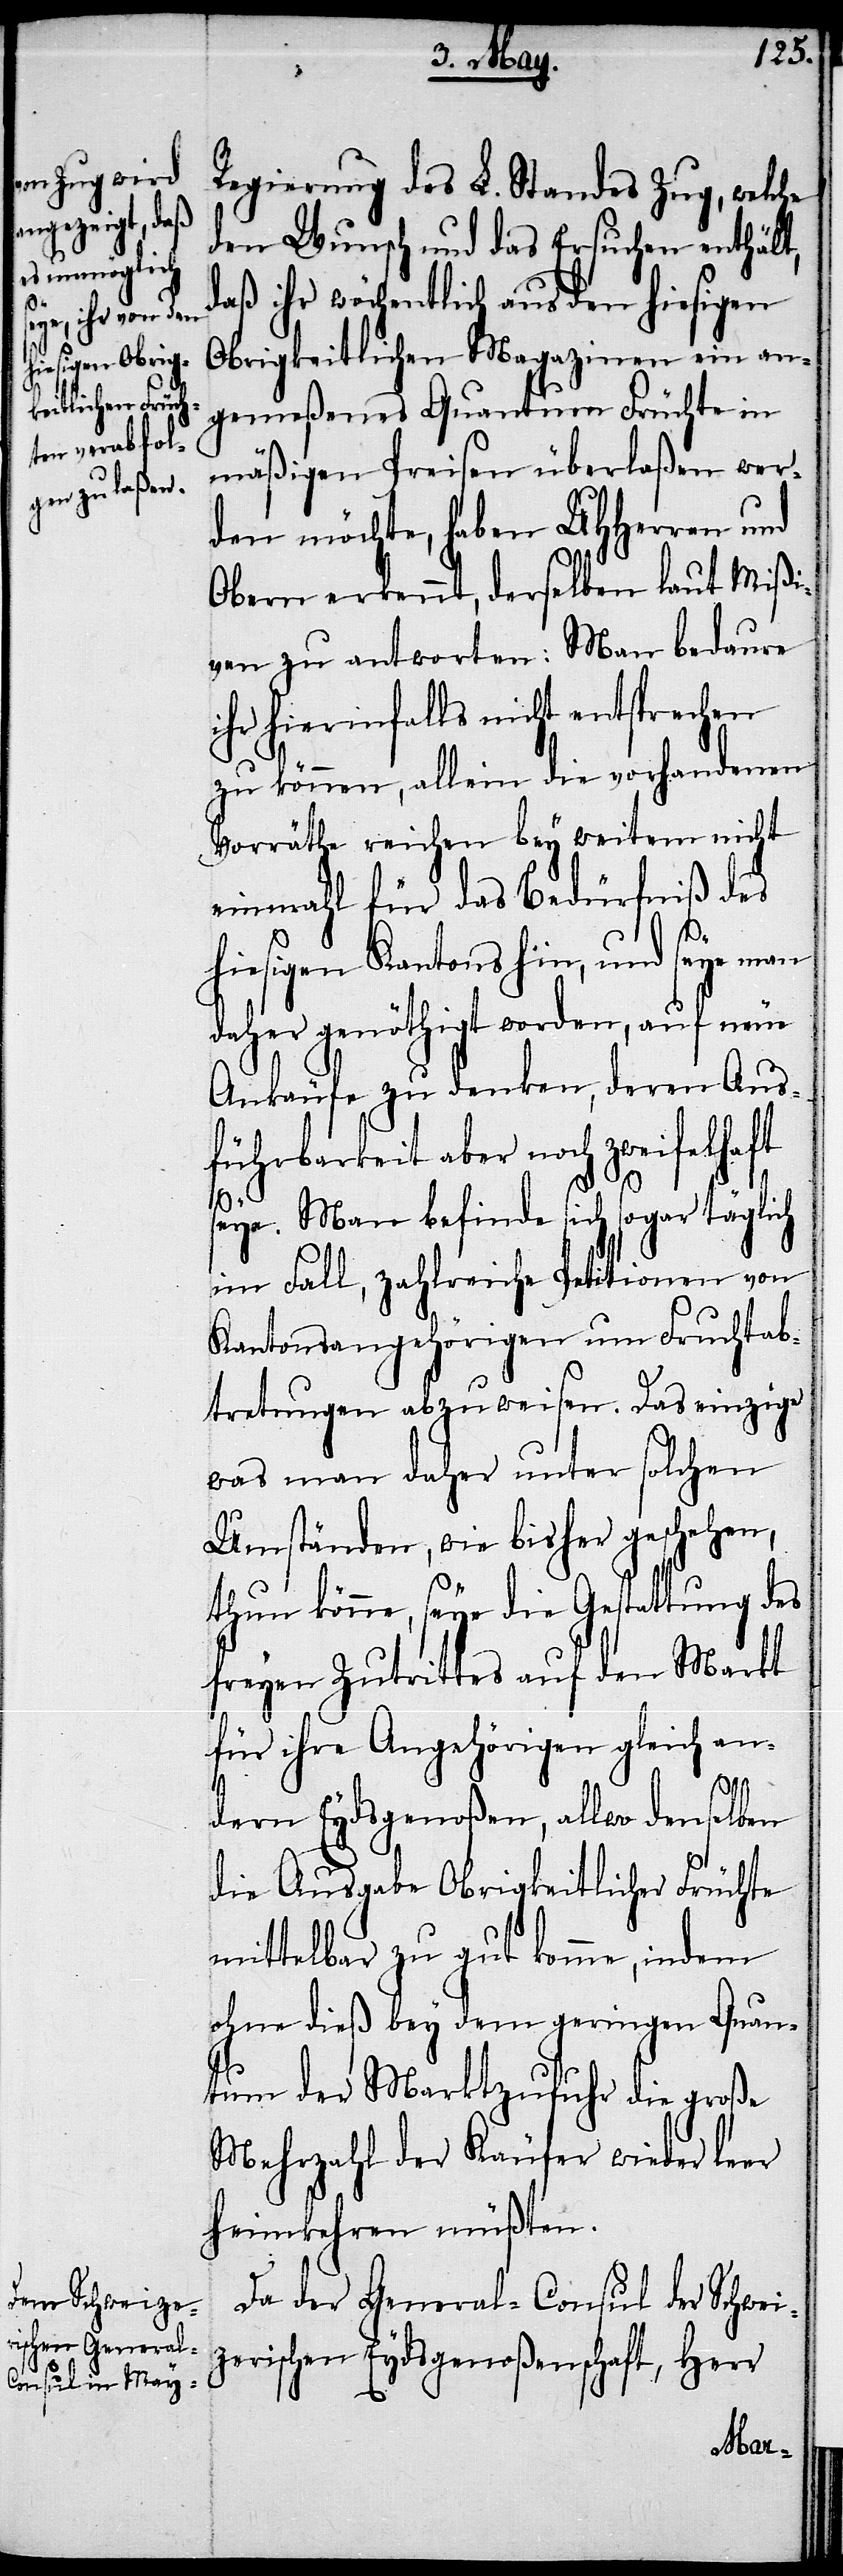
Regierung des L. Standes Zug, welche
den Wunsch und das Ersuchen enthält,
daß ihr wöchentlich aus dem hiesigen
Obrigkeitlichen Magazinen ein an¬
gemeßenes Quantum Früchte in
mäßigen Preisen überlaßen wer¬
den möchte, haben UHHerren und
Obern erkennt, derselben laut Mißi¬
ven zu antworten: Man bedaure
ihr hierinfalls nicht entsprechen
zu können, allein die vorhandenen
Vorräthe reichen bey weitem nicht
einmal für das Bedürfniß des
hiesigen Kantons hin, und seye man
daher genöthigt worden, auf neue
Ankäufe zu denken, deren Aus¬
führbarkeit aber noch zweifelhaft
seye. Man befinde sich sogar täglich
im Fall, zahlreiche Petitionen von
Kantonsangehörigem um Fruchtab¬
tretungen abzuweisen. Das einzige
was man daher unter solchen
Umständen, wie bisher geschehen,
thun könne, seye die Gestattung des
freyen Zutrittes auf den Markt
für ihre Angehörigen gleich an¬
dern Eydsgenoßen, allwo denselben
die Ausgabe Obrigkeitlicher Früchte
mittelbar zu gut komme, indem
ohne dieß bey dem geringen Quan¬
tum der Marktzufuhr die große
Mehrzahl der Käufer wieder leer
heimkehren müßten.
Da der General-Consul der Schwei¬
zerischen Eydsgenoßenschaft, Herr